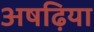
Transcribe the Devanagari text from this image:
अषढ़िया